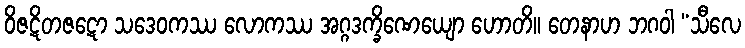
ဝိဇဋိတဇဋော သဒေဝကဿ လောကဿ အဂ္ဂဒက္ခိဏေယျော ဟောတိ။ တေနာဟ ဘဂဝါ “သီလေ